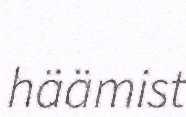
häämist